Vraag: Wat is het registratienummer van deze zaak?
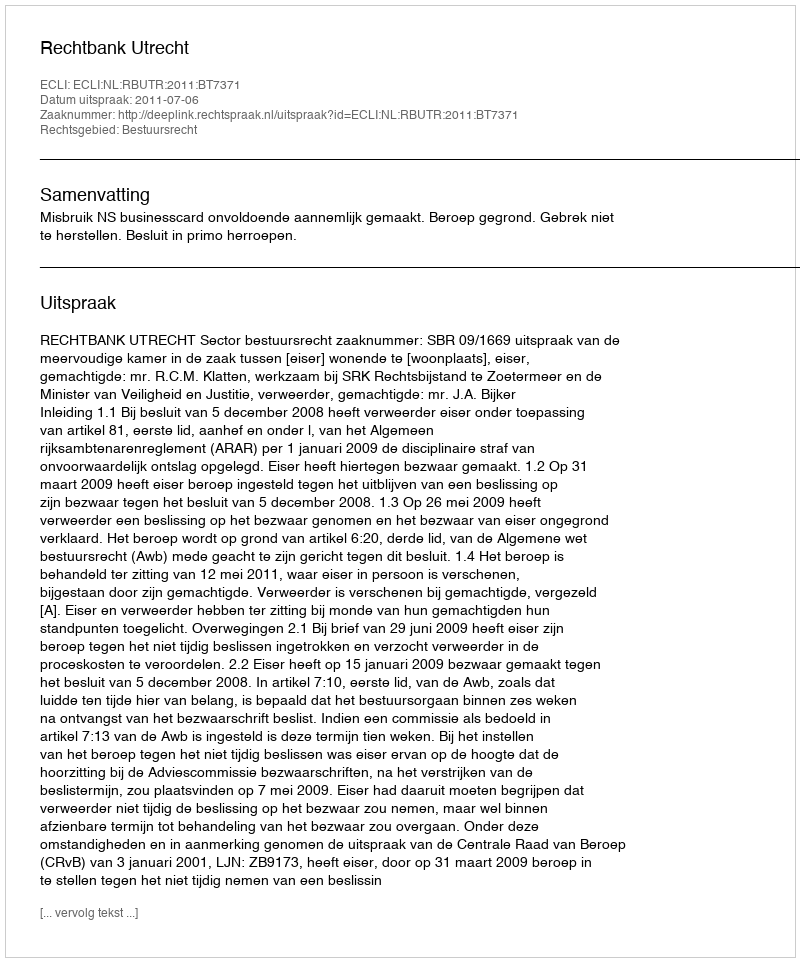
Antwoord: http://deeplink.rechtspraak.nl/uitspraak?id=ECLI:NL:RBUTR:2011:BT7371